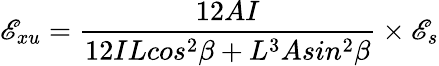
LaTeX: \mathscr{E}_{xu}=\frac{{12AI}}{{12ILcos^{2}\beta+L^{3}Asin^{2}\beta}}\times{\mathscr{E}_{s}}